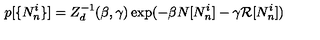
p [ \{ N _ { n } ^ { i } \} ] = Z _ { d } ^ { - 1 } ( \beta , \gamma ) \exp ( - \beta N [ N _ { n } ^ { i } ] - \gamma { \cal R } [ N _ { n } ^ { i } ] )